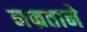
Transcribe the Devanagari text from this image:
नम्रताने